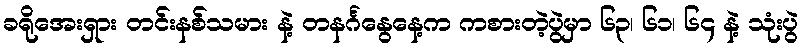
ခရိုအေးရှား တင်းနစ်သမား နဲ့ တနင်္ဂနွေနေ့က ကစားတဲ့ပွဲမှာ ၆၃၊ ၆၁၊ ၆၄ နဲ့ သုံးပွဲ